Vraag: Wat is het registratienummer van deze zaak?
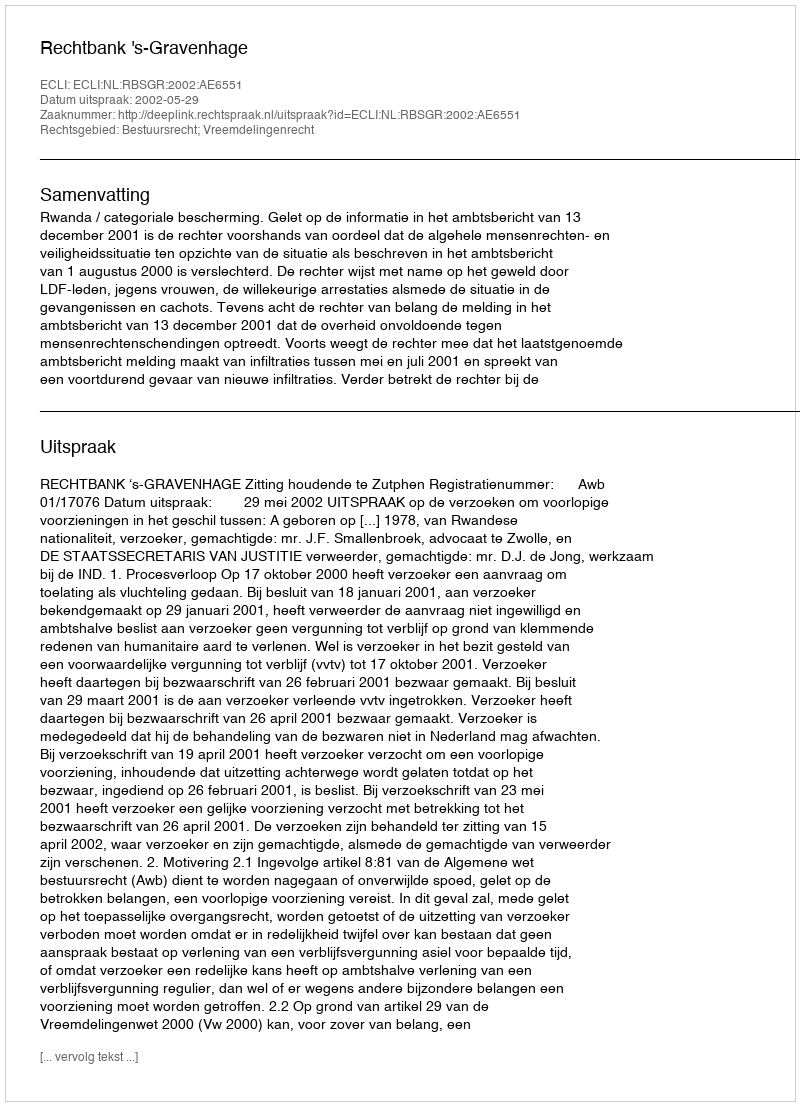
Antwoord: http://deeplink.rechtspraak.nl/uitspraak?id=ECLI:NL:RBSGR:2002:AE6551